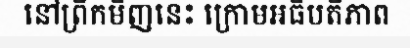
នៅព្រឹកមិញនេះ ក្រោមអធិបតីភាព